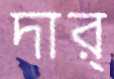
দার্